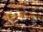
ذلك